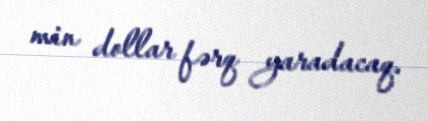
min dollar fərq yaradacaq.